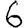
Digit: 6